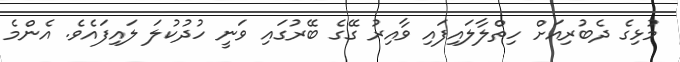
މުޅިގެ ދެބުރިއަށް ހިތްލާލައިފައި ވާއިރު ގޭގެ ބޭރުގައި ވަނީ ހުދުކުލަ ލައިފައެވެ. އެންމެ